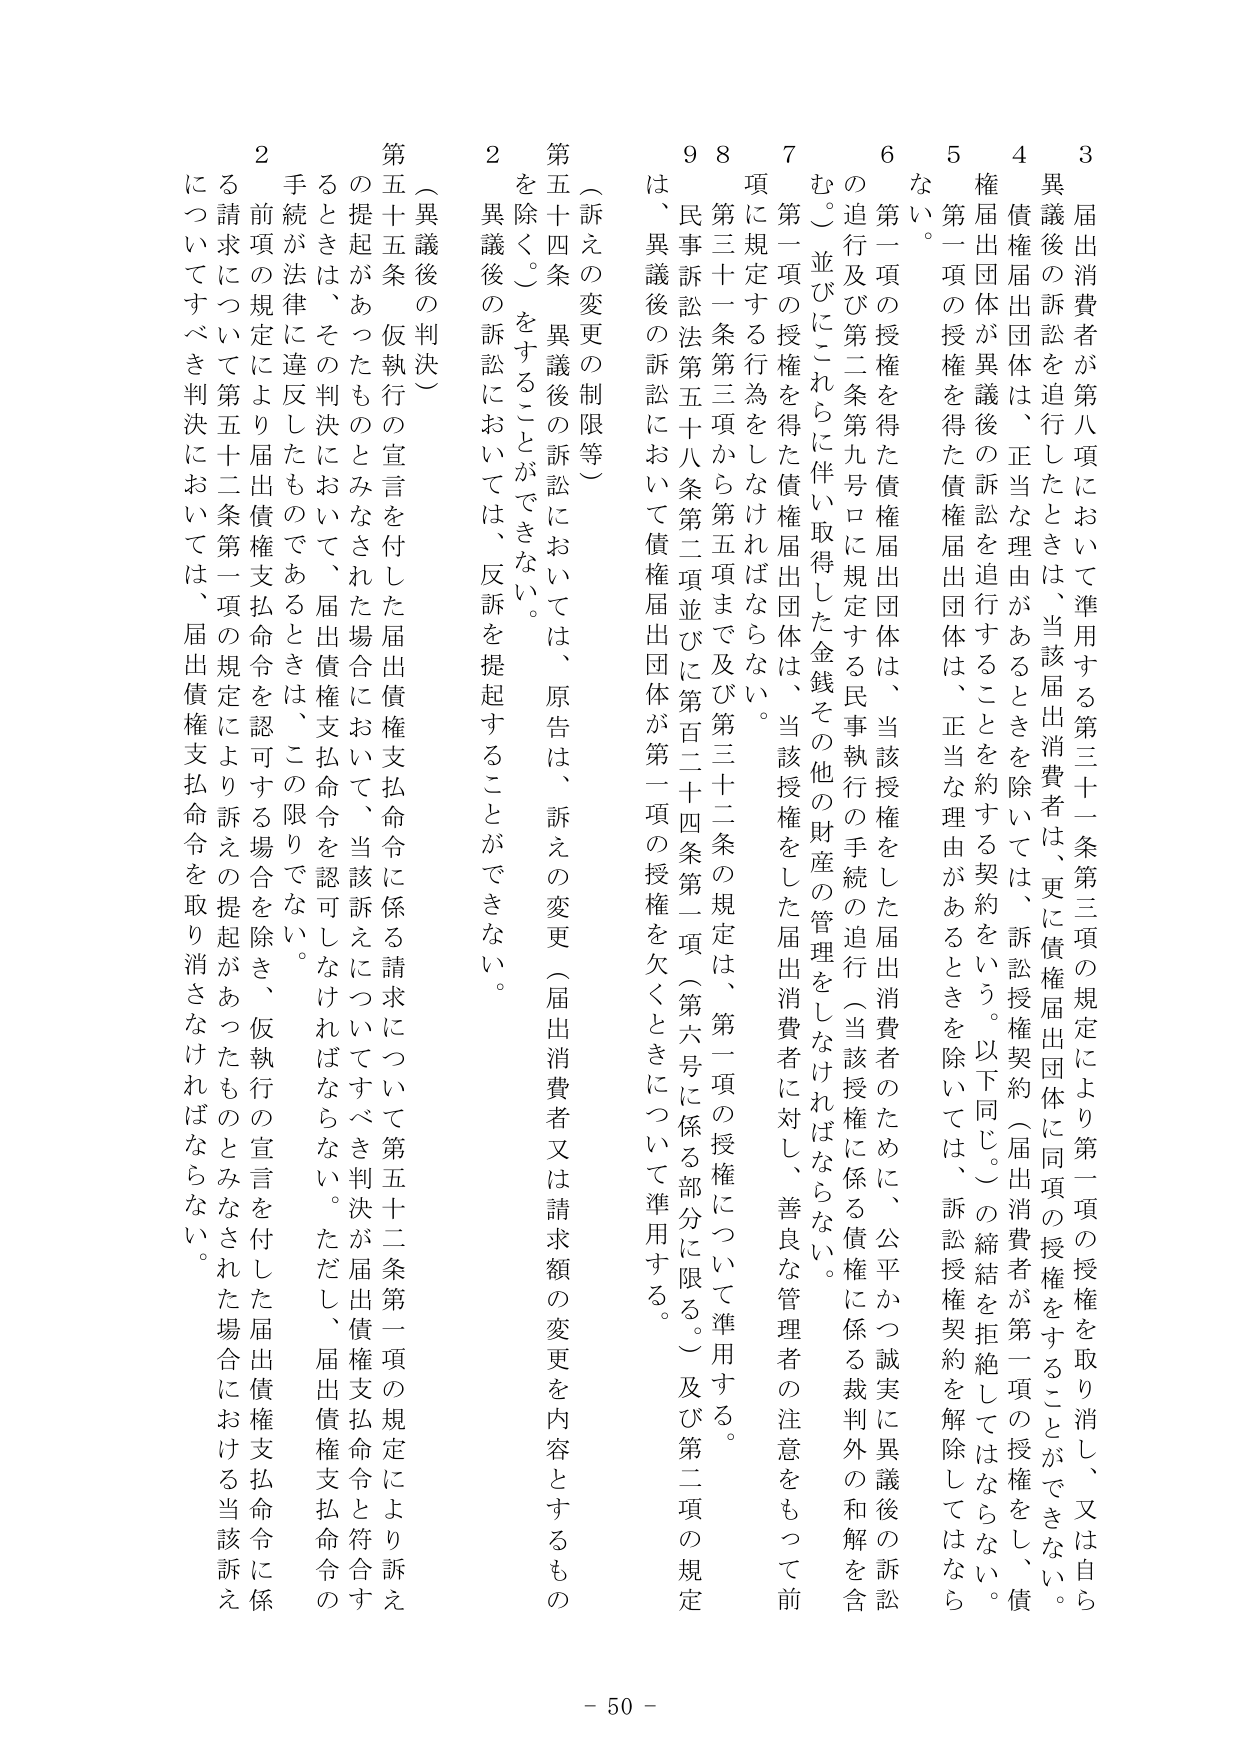
3 届出消費者が第八項において準用する第三十一条第三項の規定により第一項の授権を取り消し、又は自ら異議後の訴訟を追行したときは、当該届出消費者は、更に債権届出団体に同項の授権をすることができない。

4 債権届出団体は、正当な理由があるときを除いては、訴訟授権契約（届出消費者が第一項の授権をし、債権届出団体が異議後の訴訟を追行することを約する契約をいう。以下同じ。）の締結を拒絶してはならない。

5 第一項の授権を得た債権届出団体は、正当な理由があるときを除いては、訴訟授権契約を解除してはならない。

6 第一項の授権を得た債権届出団体は、当該授権をした届出消費者のために、公平かつ誠実に異議後の訴訟の追行及び第二条第九号ロに規定する民事執行の手続の追行（当該授権に係る債権に係る裁判外の和解を含む。）並びにこれらに伴い取得した金銭その他の財産の管理をしなければならない。

7 第一項の授権を得た債権届出団体は、当該授権をした届出消費者に対し、善良な管理者の注意をもって前項に規定する行為をしなければならない。

8 第三十一条第三項から第五項まで及び第三十二条の規定は、第一項の授権について準用する。

9 民事訴訟法第五十八条第二項並びに第百二十四条第二項（第六号に係る部分に限る。）及び第二項の規定は、異議後の訴訟において債権届出団体が第一項の授権を欠くときについて準用する。

（訴えの変更の制限等）

第五十四条 異議後の訴訟においては、原告は、訴えの変更（届出消費者又は請求額の変更を内容とするものを除く。）をすることができない。

2 異議後の訴訟においては、反訴を提起することができない。

（異議後の判決）

第五十五条 仮執行の宣言を付した届出債権支払命令に係る請求について第五十二条第一項の規定により訴えの提起があったものとみなされた場合において、当該訴えについてすべき判決が届出債権支払命令と符合するときは、その判決において、届出債権支払命令を認可しなければならない。ただし、届出債権支払命令の手続が法律に違反したものであるときは、この限りでない。

2 前項の規定により届出債権支払命令を認可する場合を除き、仮執行の宣言を付した届出債権支払命令における当該訴えに係る請求について第五十二条第一項の規定により訴えの提起があったものとみなされた場合においては、届出債権支払命令を取り消さなければならない。

- 50 -